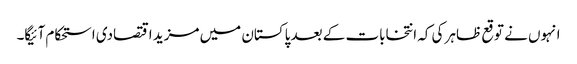
انہوں نے توقع ظاہر کی کہ انتخابات کے بعد پاکستان میں مزید اقتصادی استحکام آئیگا۔